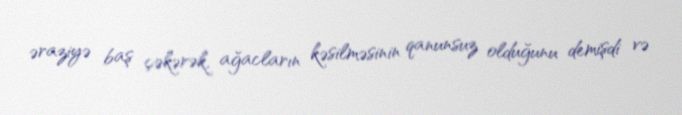
əraziyə baş çəkərək, ağacların kəsilməsinin qanunsuz olduğunu demişdi və